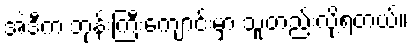
အဲဒီက ဘုန်းကြီးကျောင်းမှာ သူတည်းလို့ရတယ်။